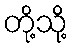
တို့သို့